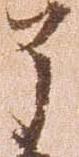
了